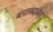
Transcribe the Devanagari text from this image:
बंगाब्दच्या